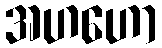
အဟဟော